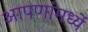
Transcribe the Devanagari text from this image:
आपणांमध्यें